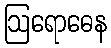
ဩရောဓေန